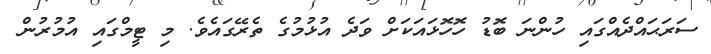
ސަރަޙައްދެއްގައި ހުންނަ ބޮޑު ހޮހޮޅައަކަށް ވަދެ އުޅުމުގެ ތެރޭގައެވެ. މި ޓީމްގައި އުމުރުން